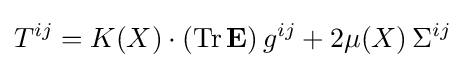
T^{ij}=K\!\left(X\right)\cdot \left(\mathrm {Tr} \,\mathbf {E} \right)g^{ij}+2\mu \!\left(X\right)\Sigma ^{ij}